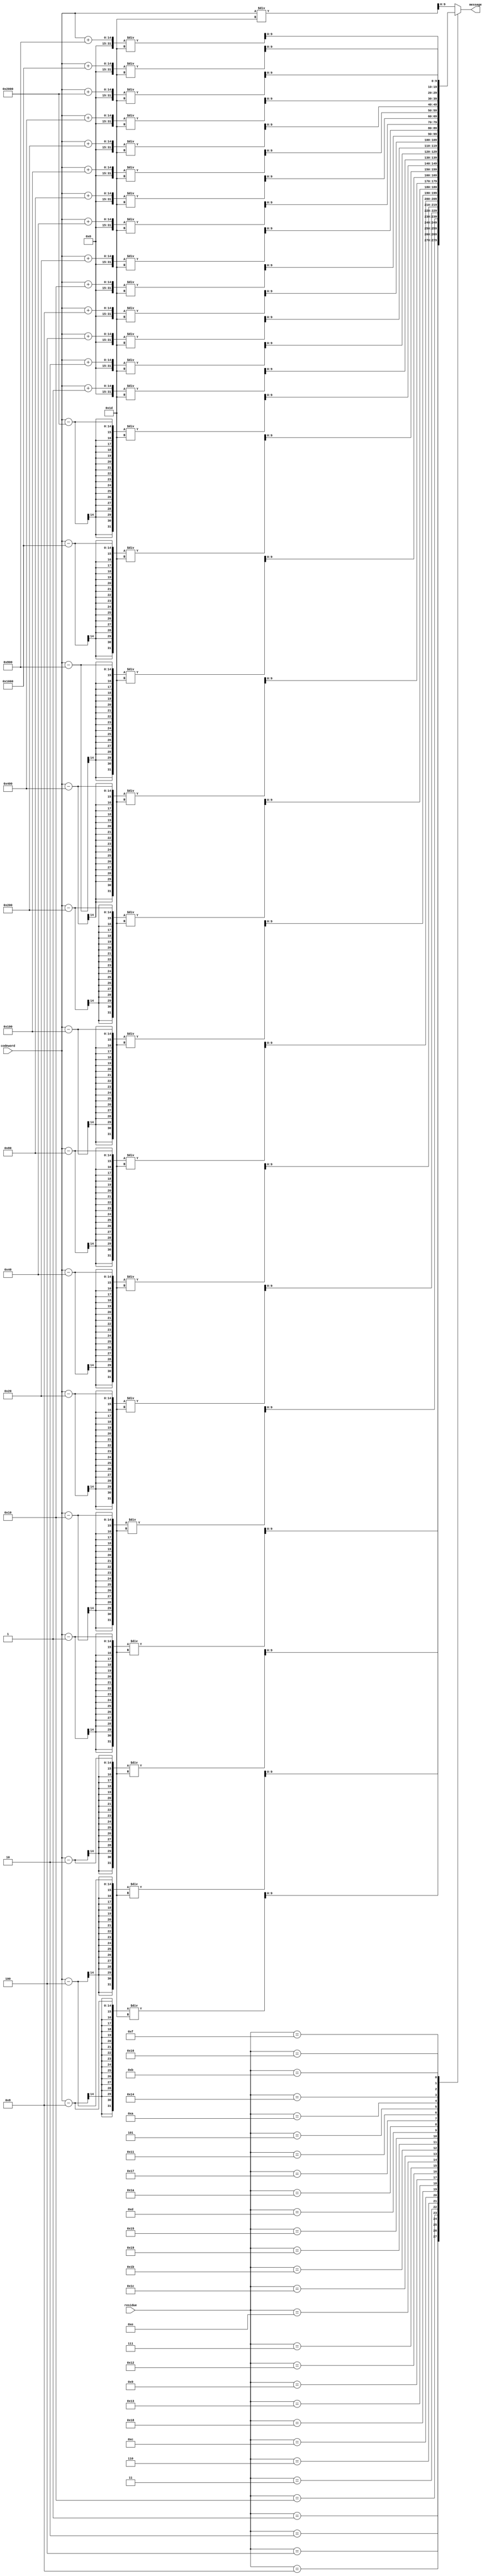
module an_decoder_n29 (input [13:0] codeword,input [4:0]residue, output reg [9:0] message);
    parameter A=29;
    always@(codeword)begin
        case(residue)
           5'd1:message = (codeword -1)/A;
           5'd2:message = (codeword -2)/A;
           5'd4:message = (codeword -4)/A;
           5'd8:message = (codeword -8)/A;
           5'd16:message = (codeword -16)/A;
           5'd3:message = (codeword -32)/A;
           5'd6:message = (codeword -64)/A;
           5'd12:message = (codeword -128)/A;
           5'd24:message = (codeword -256)/A;
           5'd19:message = (codeword -512)/A;
           5'd9:message = (codeword -1024)/A;
           5'd18:message = (codeword -2048)/A;
           5'd7:message = (codeword -4096)/A;
           5'd14:message = (codeword -8192)/A;
           5'd28:message = (codeword +1)/A;
           5'd27:message = (codeword +2)/A;
           5'd25:message = (codeword +4)/A;
           5'd21:message = (codeword +8)/A;
           5'd13:message = (codeword +16)/A;
           5'd26:message = (codeword +32)/A;
           5'd23:message = (codeword +64)/A;
           5'd17:message = (codeword +128)/A;
           5'd5:message = (codeword +256)/A;
           5'd10:message = (codeword +512)/A;
           5'd20:message = (codeword +1024)/A;
           5'd11:message = (codeword +2048)/A;
           5'd22:message = (codeword +4096)/A;
           5'd15:message = (codeword +8192)/A;
            default:message =codeword /A;
     endcase
   end
endmodule